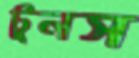
টুনস